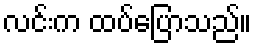
လင်းက ထပ်ပြောသည်။